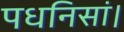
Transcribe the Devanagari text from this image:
पधनिसां।